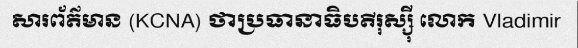
សារព័ត៌មាន (KCNA) ថាប្រធានាធិបតីរុស្ស៊ី លោក Vladimir